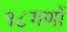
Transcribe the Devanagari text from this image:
१८गणों